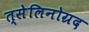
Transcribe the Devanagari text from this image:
त्सेलिनोग्रद